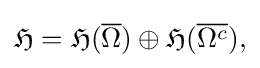
\displaystyle {{\mathfrak {H}}={\mathfrak {H}}({\overline {\Omega }})\oplus {\mathfrak {H}}({\overline {\Omega ^{c}}}),}